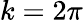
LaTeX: k=2\pi